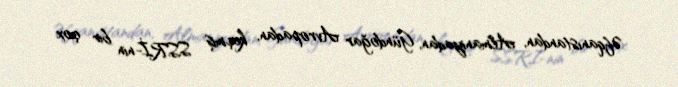
Əfqanıstandan, Almaniyadan, Gündoğar Avropadan, keçmiş SSRİ-nin bir çox